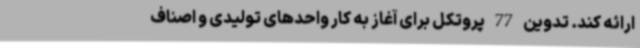
ارائه کند. تدوین 77 پروتکل برای آغاز به کار واحدهای تولیدی و اصناف